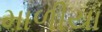
માળીયા